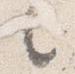
之